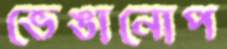
ভেঙানোপ